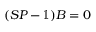
( S P - \mathbb { 1 } ) B = 0